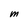
Character: M